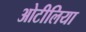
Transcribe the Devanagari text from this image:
ओटीलिया